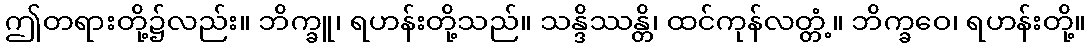
ဤတရားတို့၌လည်း။ ဘိက္ခူ၊ ရဟန်းတို့သည်။ သန္ဒိဿန္တိ၊ ထင်ကုန်လတ္တံ့။ ဘိက္ခဝေ၊ ရဟန်းတို့။